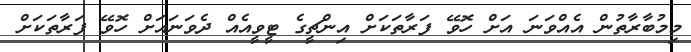
މިމުބާރާތުން އެއްވަނަ އަށް ހޮވޭ ފަރާތަކަށް އިންޗީގެ ޓީވީއެއް ދެވަނައަށް ހޮވޭ ފަރާތަކަށް